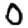
Digit: 0